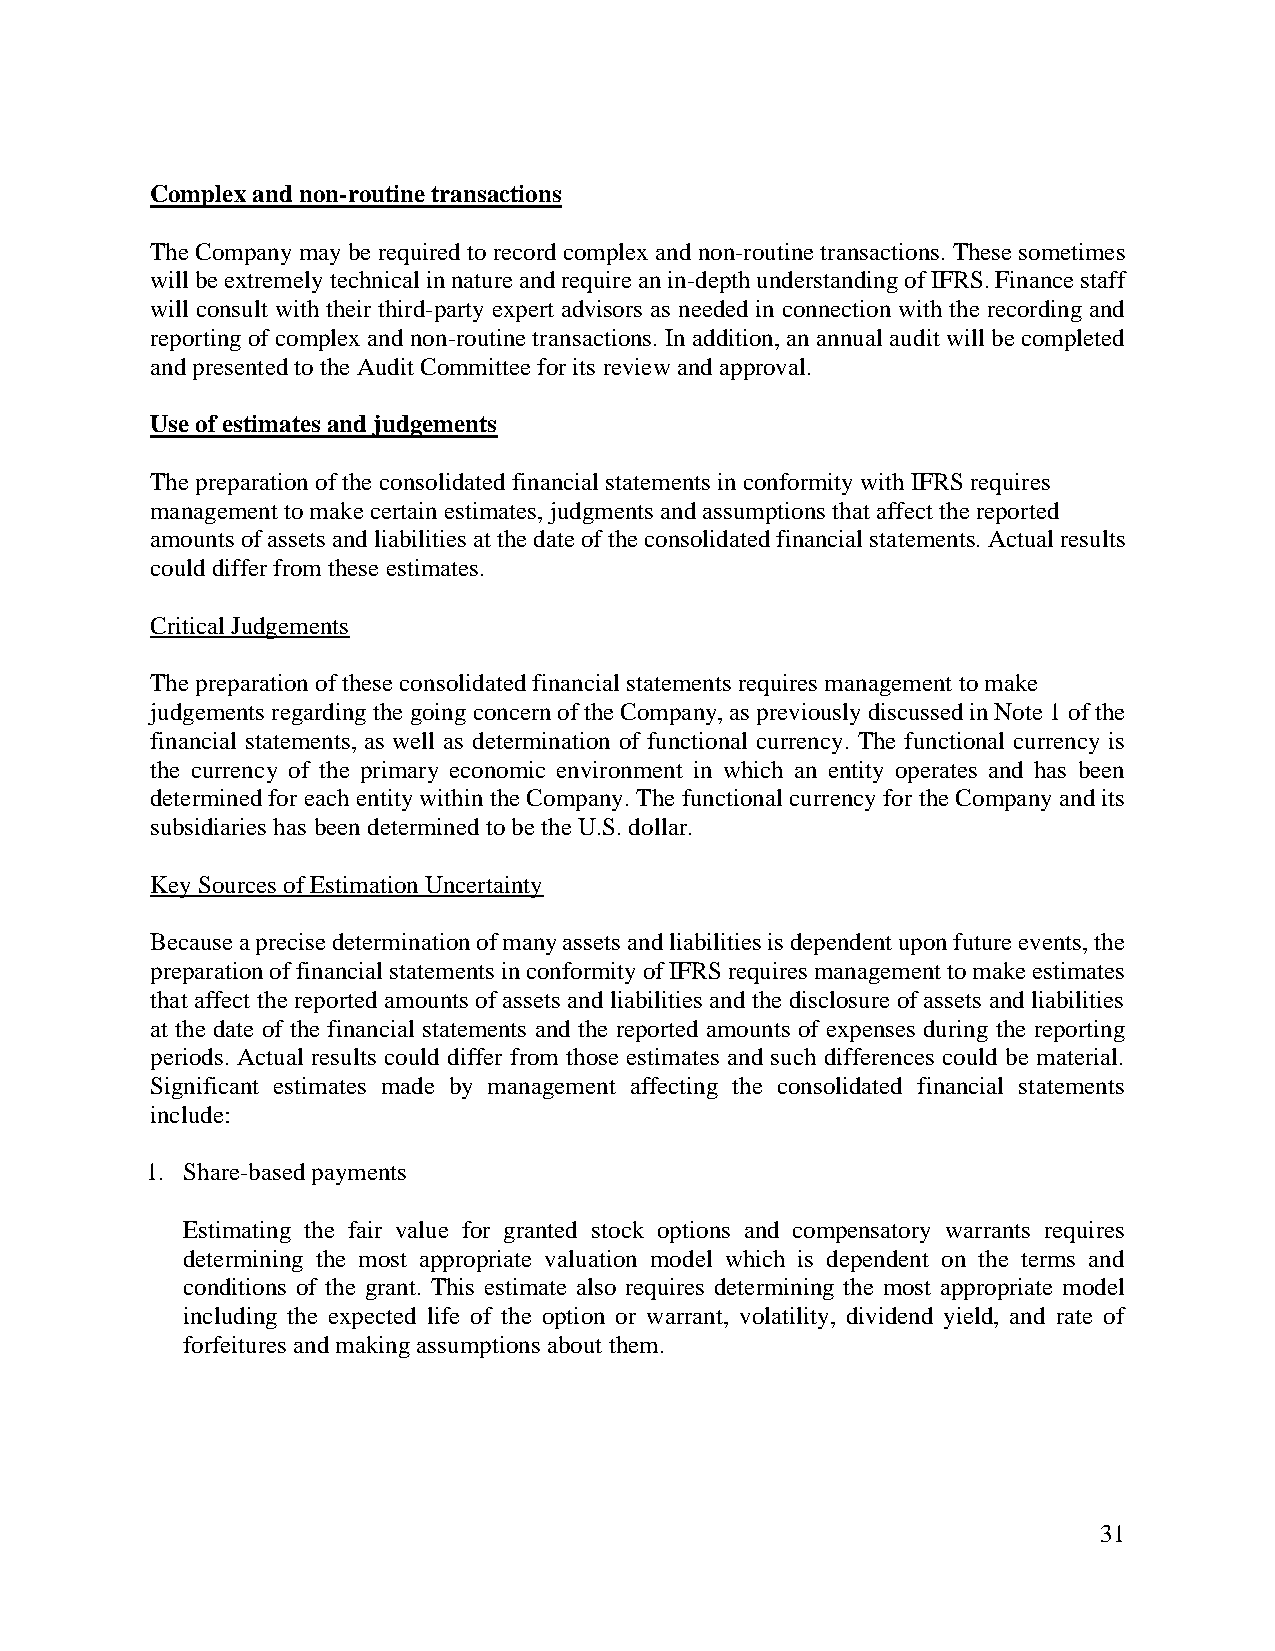
Complex and non-routine transactions
 The Company may be required to record complex and non-routine transactions. These sometimes
 will be extremely technical in nature and require an in-depth understanding of IFRS. Finance staff
 will consult with their third-party expert advisors as needed in connection with the recording and
 reporting of complex and non-routine transactions. In addition, an annual audit will be completed
 and presented to the Audit Committee for its review and approval.
 Use of estimates and judgements
 The preparation of the consolidated financial statements in conformity with IFRS requires
 management to make certain estimates, judgments and assumptions that affect the reported
 amounts of assets and liabilities at the date of the consolidated financial statements. Actual results
 could differ from these estimates.
 Critical Judgements
 The preparation of these consolidated financial statements requires management to make
 judgements regarding the going concern of the Company, as previously discussed in Note 1 of the
 financial statements, as well as determination of functional currency. The functional currency is
 the currency of the primary economic environment in which an entity operates and has been
 determined for each entity within the Company. The functional currency for the Company and its
 subsidiaries has been determined to be the U.S. dollar.
 Key Sources of Estimation Uncertainty
 Because a precise determination of many assets and liabilities is dependent upon future events, the
 preparation of financial statements in conformity of IFRS requires management to make estimates
 that affect the reported amounts of assets and liabilities and the disclosure of assets and liabilities
 at the date of the financial statements and the reported amounts of expenses during the reporting
 periods. Actual results could differ from those estimates and such differences could be material.
 Significant estimates made by management affecting the consolidated financial statements
 include:
 1. Share-based payments
 Estimating the fair value for granted stock options and compensatory warrants requires
 determining the most appropriate valuation model which is dependent on the terms and
 conditions of the grant. This estimate also requires determining the most appropriate model
 including the expected life of the option or warrant, volatility, dividend yield, and rate of
 forfeitures and making assumptions about them.
 31